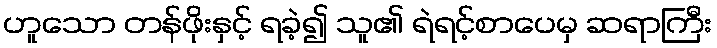
ဟူသော တန်ဖိုးနှင့် ရခဲ့၍ သူ၏ ရဲရင့်စာပေမှ ဆရာကြီး